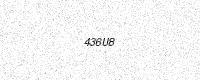
Text: 436U8